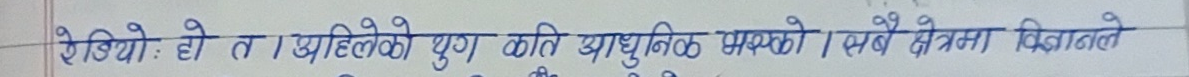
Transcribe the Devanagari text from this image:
शेसियो: हो त अहिलेको युग कति आधुनिक भैसकेको। सबै क्षेत्रमा विज्ञानले